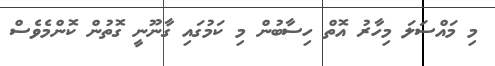
މި މައްސަލަ މިހާރު އޮތް ހިސާބުން މި ކަމުގައި ގާނޫނީ ގޮތުން ކޮންމެވެސް